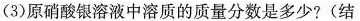
(3)原硝酸银溶液中溶质的质量分数是多少?(结